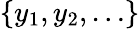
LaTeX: \left\{ y_{1},y_{2},\ldots\right\}